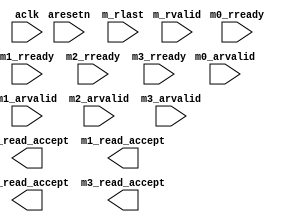
module Arbiter_R (
    //----- Global -----//
    input  aclk          ,
    input  aresetn       ,
    //----- Master 0 -----//
    input  m0_arvalid    ,
    input  m0_rready     ,
    //----- Master 1 -----//
    input  m1_arvalid    ,
    input  m1_rready     ,
    //----- Master 2 -----//
    input  m2_arvalid    ,
    input  m2_rready     ,
    //----- Master 3 -----//
    input  m3_arvalid    ,
    input  m3_rready     ,
    //----- General signals -----//
    input  m_rvalid      ,
    input  m_rlast       ,
    output m0_read_accept,
    output m1_read_accept,
    output m2_read_accept,
    output m3_read_accept 
);
//----- Local parameter -----//
localparam MASTER_0 = 2'b00;
localparam MASTER_1 = 2'b01;
localparam MASTER_2 = 2'b10;
localparam MASTER_3 = 2'b11;
//----- FSM -----//
reg [1:0] CURRENT_STATE;
reg [1:0] NEXT_STATE;
// State change
always @(*) begin
    case (CURRENT_STATE)
        MASTER_0 : begin
            if (m0_arvalid)
                NEXT_STATE = MASTER_0;
            else if (m_rvalid || m0_rready)
                NEXT_STATE = MASTER_0;
            else if (m_rlast && m_rvalid)
                NEXT_STATE = MASTER_1;
            else if (m1_arvalid)
                NEXT_STATE = MASTER_1;
            else if (m2_arvalid)
                NEXT_STATE = MASTER_2;
            else if (m3_arvalid)
                NEXT_STATE = MASTER_3;
            else
                NEXT_STATE = MASTER_0;
        end
        MASTER_1 : begin
            if (m1_arvalid)
                NEXT_STATE = MASTER_1;
            else if (m_rvalid || m1_rready)
                NEXT_STATE = MASTER_1;
            else if (m_rlast && m_rvalid)
                NEXT_STATE = MASTER_2;
            else if (m2_arvalid)
                NEXT_STATE = MASTER_2;
            else if (m3_arvalid)
                NEXT_STATE = MASTER_3;
            else if (m0_arvalid)
                NEXT_STATE = MASTER_0;
            else
                NEXT_STATE = MASTER_1;
        end
        MASTER_2 : begin
            if (m2_arvalid)
                NEXT_STATE = MASTER_2;
            else if (m_rvalid || m2_rready)
                NEXT_STATE = MASTER_2;
            else if (m_rlast && m_rvalid)
                NEXT_STATE = MASTER_3;
            else if (m3_arvalid)
                NEXT_STATE = MASTER_3;
            else if (m0_arvalid)
                NEXT_STATE = MASTER_0;
            else if (m1_arvalid)
                NEXT_STATE = MASTER_1;
            else
                NEXT_STATE = MASTER_2;
        end
        MASTER_3 : begin
            if (m3_arvalid)
                NEXT_STATE = MASTER_3;
            else if (m_rvalid || m3_rready)
                NEXT_STATE = MASTER_3;
            else if (m_rlast && m_rvalid)
                NEXT_STATE = MASTER_0;
            else if (m0_arvalid)
                NEXT_STATE = MASTER_0;
            else if (m1_arvalid)
                NEXT_STATE = MASTER_1;
            else if (m2_arvalid)
                NEXT_STATE = MASTER_2;
            else
                NEXT_STATE = MASTER_3;
        end
        default : begin
            NEXT_STATE = MASTER_0;
        end 
    endcase
end
// State register
always @(posedge aclk or negedge aresetn) begin
    if (!aresetn)
        CURRENT_STATE <= MASTER_0;
    else
        CURRENT_STATE <= NEXT_STATE;
end
// State control
reg m0_read_accept_r;
reg m1_read_accept_r;
reg m2_read_accept_r;
reg m3_read_accept_r;
always @(posedge aclk or negedge aresetn) begin
    if (!aresetn) begin
        m0_read_accept_r <= 1'b0;
        m1_read_accept_r <= 1'b0;
        m2_read_accept_r <= 1'b0;
        m3_read_accept_r <= 1'b0;
    end
    else begin
        m0_read_accept_r <= m0_read_accept;
        m1_read_accept_r <= m1_read_accept;
        m2_read_accept_r <= m2_read_accept;
        m3_read_accept_r <= m3_read_accept;
    end
end
always @(*) begin
    case (CURRENT_STATE)
        MASTER_0 : {m0_read_accept_r, m1_read_accept_r, m2_read_accept_r, m3_read_accept_r} = 4'b1000;
        MASTER_1 : {m0_read_accept_r, m1_read_accept_r, m2_read_accept_r, m3_read_accept_r} = 4'b0100;
        MASTER_2 : {m0_read_accept_r, m1_read_accept_r, m2_read_accept_r, m3_read_accept_r} = 4'b0010;
        MASTER_3 : {m0_read_accept_r, m1_read_accept_r, m2_read_accept_r, m3_read_accept_r} = 4'b0001;
        default  : {m0_read_accept_r, m1_read_accept_r, m2_read_accept_r, m3_read_accept_r} = 4'b0000;
    endcase
end
endmodule